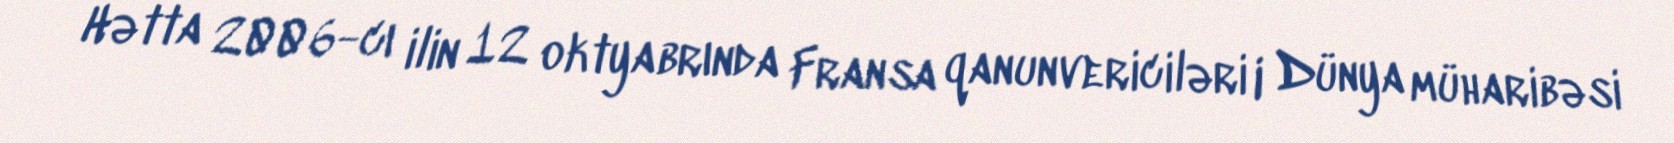
Hətta 2006-cı ilin 12 oktyabrında Fransa qanunvericiləri I Dünya müharibəsi